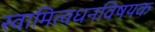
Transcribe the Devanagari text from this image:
स्वामित्वधनविषयक